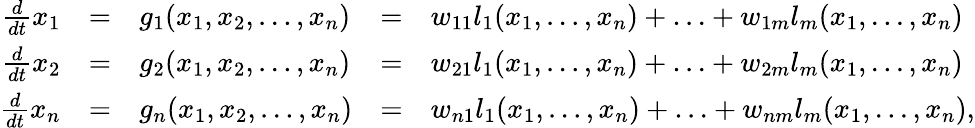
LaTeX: \begin{array}{rclcl}{\frac{d}{dt}x_{1}}&{=}&{g_{1}(x_{1},x_{2},\ldots,x_{n})}&{=}&{w_{11}l_{1}(x_{1},...,x_{n})+\ldots+w_{1m}l_{m}(x_{1},...,x_{n})}\\ {\frac{d}{dt}x_{2}}&{=}&{g_{2}(x_{1},x_{2},\ldots,x_{n})}&{=}&{w_{21}l_{1}(x_{1},...,x_{n})+\ldots+w_{2m}l_{m}(x_{1},...,x_{n})}\\ {\frac{d}{dt}x_{n}}&{=}&{g_{n}(x_{1},x_{2},\ldots,x_{n})}&{=}&{w_{n1}l_{1}(x_{1},...,x_{n})+\ldots+w_{nm}l_{m}(x_{1},...,x_{n}),}\end{array}